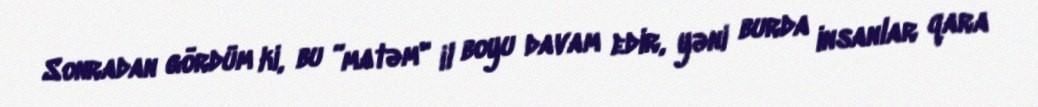
Sonradan gördüm ki, bu ”matəm" il boyu davam edir, yəni burda insanlar qara